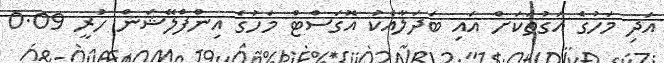
އަދި މަހުގެ އަގުތަކަށް އައި ބަދަލާއެކު އޮގަސްޓް މަހުގެ އިންފްލޭޝަން ހުރީ 0.09